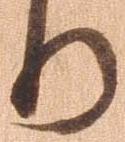
り